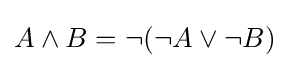
A\land B=\neg (\neg A\lor \neg B)